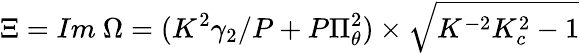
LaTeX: \Xi=Im~\Omega=(K^{2}\gamma_{2}/P+P\Pi_{\theta}^{2})\times\sqrt{K^{-2}K_{c}^{2}-1}